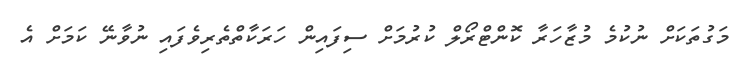
މަގުތަކަަށް ނުކުމެ މުޒާހަރާ ކޮންޓްރޯލް ކުރުމަށް ސިފައިން ހަރަކާތްތެރިވެފައި ނުވާނޭ ކަމަށް އެ